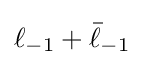
\ell _{-1}+{\bar {\ell }}_{-1}